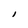
Character: l